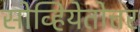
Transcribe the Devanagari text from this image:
सोव्हियेतोत्तर